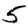
Digit: 5